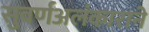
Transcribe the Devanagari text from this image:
सुवर्णअलंकाराने